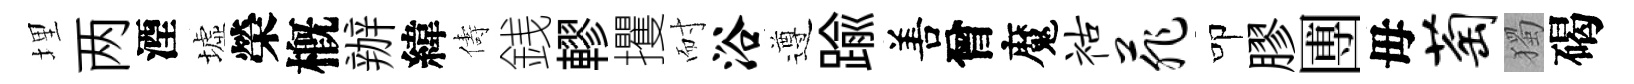
埋两湮墟榮槪辦緯儔銭轇攫耐浴遵踰𠵊曾魔祜菲叩膠圑毋萄獨碣